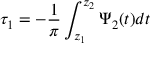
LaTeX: \tau _ { 1 } = - \frac { 1 } { \pi } \int _ { z _ { 1 } } ^ { z _ { 2 } } \Psi _ { 2 } ( t ) d t